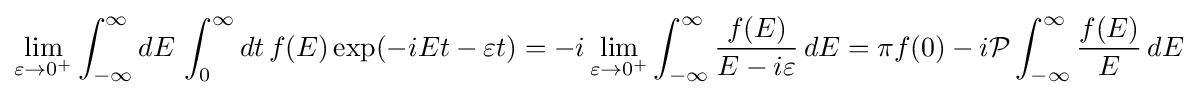
\lim _{\varepsilon \to 0^{+}}\int _{-\infty }^{\infty }dE\,\int _{0}^{\infty }dt\,f(E)\exp(-iEt-\varepsilon t)=-i\lim _{\varepsilon \to 0^{+}}\int _{-\infty }^{\infty }{\frac {f(E)}{E-i\varepsilon }}\,dE=\pi f(0)-i{\mathcal {P}}\int _{-\infty }^{\infty }{\frac {f(E)}{E}}\,dE